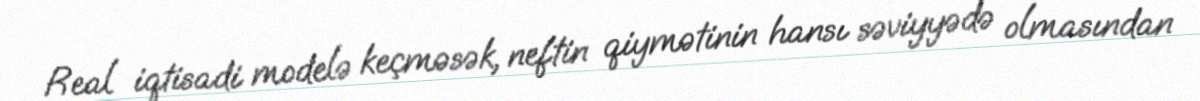
Real iqtisadi modelə keçməsək, neftin qiymətinin hansı səviyyədə olmasından